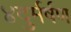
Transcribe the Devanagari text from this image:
४दुर्मर्षण